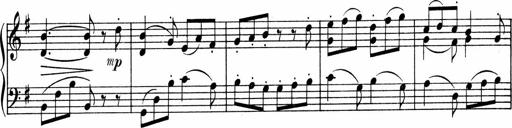
Title: 3 Sonatinen fÃ¼r Pianoforte
Composer: Fritz von Bose